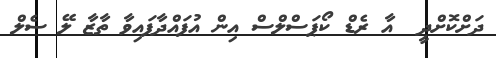
ދަށްކޮށްދީ  އާ ރެޑް ކޯޕަސްލްސް އިން އުފައްދާފައިވާ ތާޒާ ލޭ ސެލް